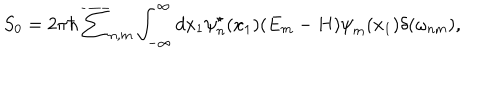
S _ { 0 } = 2 { \pi } { \hbar } \overline { { { \sum } } } _ { n , m } \int _ { - \infty } ^ { \infty } d x _ { 1 } { \psi } _ { n } ^ { \star } ( x _ { 1 } ) ( E _ { m } - H ) { \psi } _ { m } ( x _ { 1 } ) \delta ( { \omega } _ { n m } ) ,